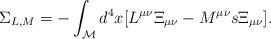
\begin{align*}\Sigma_{L,M} = - \int_{\cal M} d^{4}x \lbrack L^{\mu\nu} \Xi_{\mu\nu} - M^{\mu\nu} s \Xi_{\mu\nu} \rbrack .\end{align*}